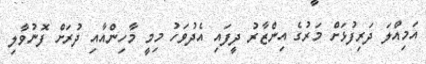
އަމިއްލަ ދަރިފުޅަށް މަރުގެ އިންޒާރު ދީފައި އެދުވަހު މިމީ މާހިންއާއި ދުރަށް ފޮނުވާލި